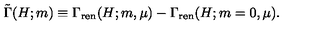
\tilde { \Gamma } ( H ; m ) \equiv \Gamma _ { \mathrm { r e n } } ( H ; m , \mu ) - \Gamma _ { \mathrm { r e n } } ( H ; m = 0 , \mu ) .